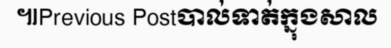
៕Previous Postបាល់ទាត់ក្នុងសាល